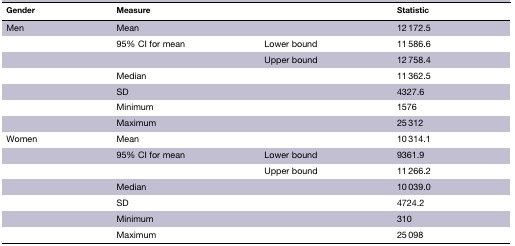
| Gender | <COLSPAN=2> Measure | Statistic |
 | --- | --- | --- | --- |
 | Men | <COLSPAN=2> Mean | 12 172.5 |
 |  | 95% CI for mean | Lower bound | 11 586.6 |
 |  |  | Upper bound | 12 758.4 |
 |  | <COLSPAN=2> Median | 11 362.5 |
 |  | <COLSPAN=2> SD | 4327.6 |
 |  | <COLSPAN=2> Minimum | 1576 |
 |  | <COLSPAN=2> Maximum | 25 312 |
 | Women | <COLSPAN=2> Mean | 10 314.1 |
 |  | 95% CI for mean | Lower bound | 9361.9 |
 |  |  | Upper bound | 11 266.2 |
 |  | <COLSPAN=2> Median | 10 039.0 |
 |  | <COLSPAN=2> SD | 4724.2 |
 |  | <COLSPAN=2> Minimum | 310 |
 |  | <COLSPAN=2> Maximum | 25 098 |